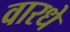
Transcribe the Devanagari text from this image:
वारधे